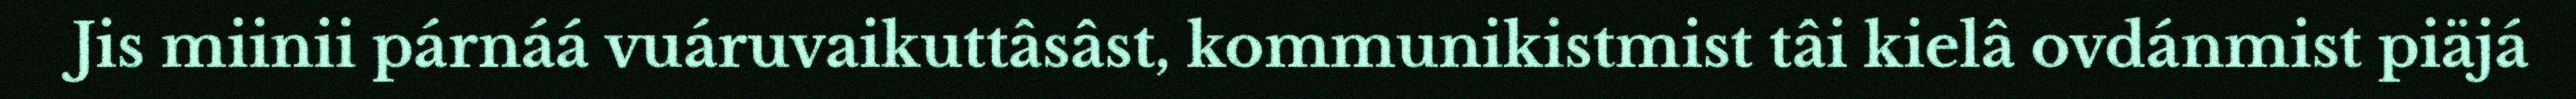
Jis miinii párnáá vuáruvaikuttâsâst, kommunikistmist tâi kielâ ovdánmist piäjá